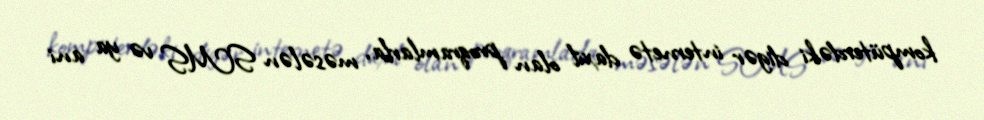
kompüterdəki digər internetə daxil olan proqramlarla, məsələn SMS və ya ani